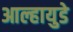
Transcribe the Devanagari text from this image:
आल्हायुडे